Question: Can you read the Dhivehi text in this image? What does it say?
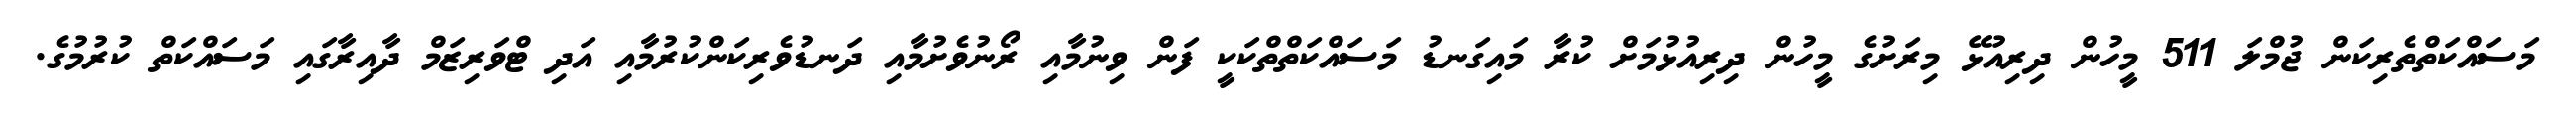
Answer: މަސައްކަތްތެރިކަން ޖުމްލަ 511 މީހުން ދިރިއުޅޭ މިރަށުގެ މީހުން ދިރިއުޅުމަށް ކުރާ މައިގަނޑު މަސައްކަތްތްކަކީ ފަން ވިނުމާއި ރޯނުވެށުމާއި ދަނޑުވެރިކަންކުރުމާއި އަދި ޓްވަރިޒަމް ދާއިރާގައި މަސައްކަތް ކުރުމުގެ.